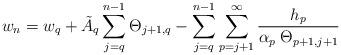
LaTeX: \begin{align*}w_{n}=w_{q}+\tilde{A}_{q}\sum_{j=q}^{n-1}\Theta_{j+1,q}-\sum_{j=q}^{n-1} \sum_{p=j+1}^{\infty}\frac{h_{p}}{\alpha_{p}\;\Theta_{p+1,j+1}}\end{align*}